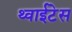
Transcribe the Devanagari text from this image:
थ्वाईटेस